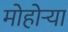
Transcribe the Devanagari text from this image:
मोहोऱ्या